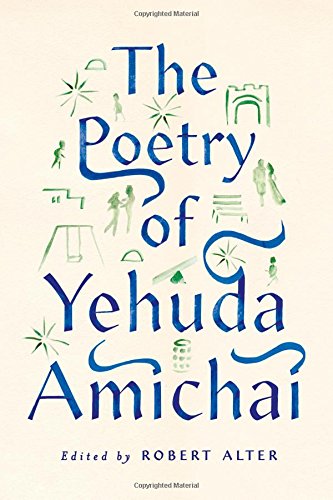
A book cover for The Poetry of Yehuda Amichai; Yehuda Amichai; Literature & Fiction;